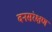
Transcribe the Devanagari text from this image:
वनसंरक्षण